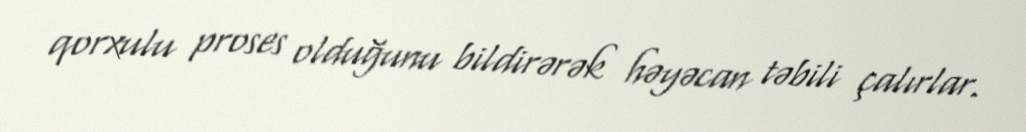
qorxulu proses olduğunu bildirərək həyəcan təbili çalırlar.